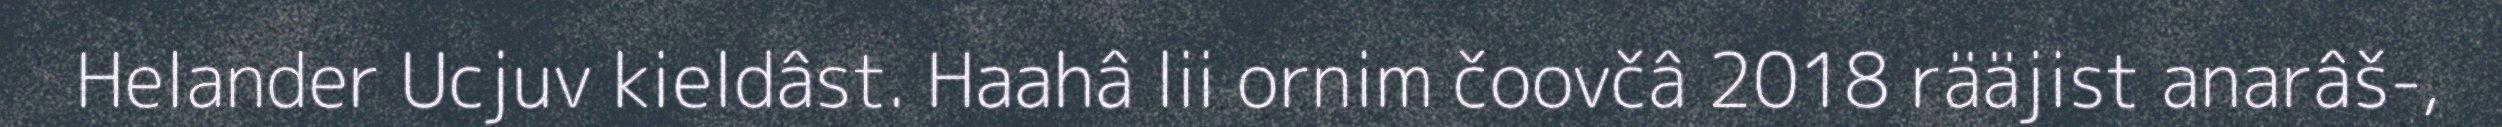
Helander Ucjuv kieldâst. Haahâ lii ornim čoovčâ 2018 rääjist anarâš-,